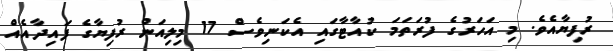
ރުފިޔާއެވެ. މި އަހަރުގެ ފުރަތަމަ ކުއާޓާގައި އެކަނިވެސް 17 މިލިއަން ރުފިޔާގެ ފައިދާއެއް